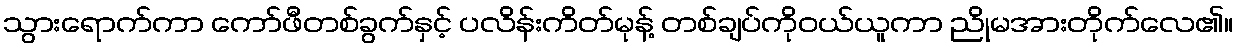
သွားရောက်ကာ ကော်ဖီတစ်ခွက်နှင့် ပလိန်းကိတ်မုန့် တစ်ချပ်ကိုဝယ်ယူကာ ညိုမအားတိုက်လေ၏။